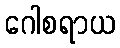
ဂေါစရာယ